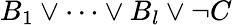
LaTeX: B_{1}\lor\cdots\lor B_{l}\lor\lnot C